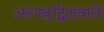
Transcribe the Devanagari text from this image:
अल्पबुद्धितावाले